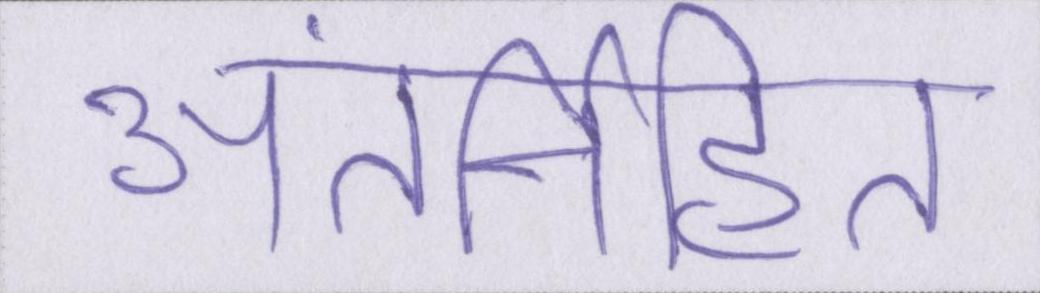
अंतर्निहित